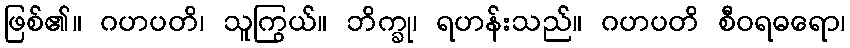
ဖြစ်၏။ ဂဟပတိ၊ သူကြွယ်။ ဘိက္ခု၊ ရဟန်းသည်။ ဂဟပတိ စီဝရဓရော၊